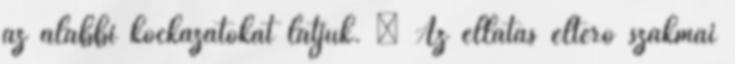
az alábbi kockázatokat látjuk. · Az ellátás eltérő szakmai